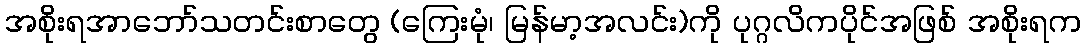
အစိုးရအာဘော်သတင်းစာတွေ (ကြေးမုံ၊ မြန်မာ့အလင်း)ကို ပုဂ္ဂလိကပိုင်အဖြစ် အစိုးရက